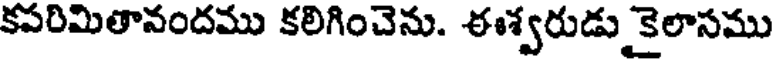
కపరిమితానందము కలిగించెను. ఈశ్వరుడు కైలాసము